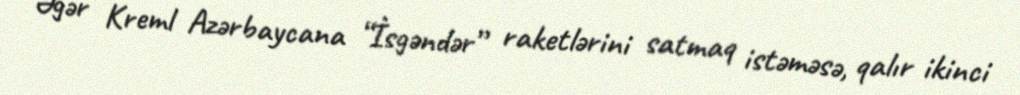
Əgər Kreml Azərbaycana “İsgəndər” raketlərini satmaq istəməsə, qalır ikinci